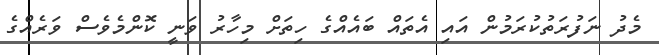
މެދު ނަފުރަތުކުރަމުން އައި އެތައް ބައެއްގެ ހިތަށް މިހާރު ވަނީ ކޮންމެވެސް ވަރެއްގެ